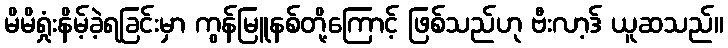
မိမိရှုံးနိမ့်ခဲ့ရခြင်းမှာ ကွန်မြူနစ်တို့ကြောင့် ဖြစ်သည်ဟု ဗီးလာ့ဒ် ယူဆသည်။